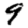
Digit: 9